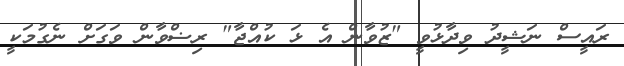
ރައީސް ނަޝީދު ވިދާޅުވީ "ޒުވާން އެ ޅަ ކުއްޖާ" ރިޟްވާން ވަގަށް ނެގުމަކީ